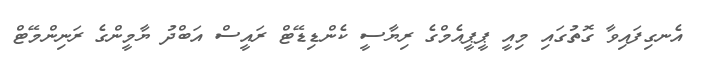
އެނގިފައިވާ ގޮތުގައި މިއީ ޕީޕީއެމްގެ ރިޔާސީ ކެންޑިޑޭޓް ރައީސް އަބްދު ޔާމީންގެ ރަނިންމޭޓް